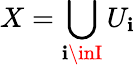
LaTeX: X=\bigcup_{\mathbf{i}\inI}U_{\mathbf{i}}